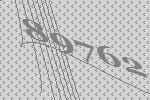
89762